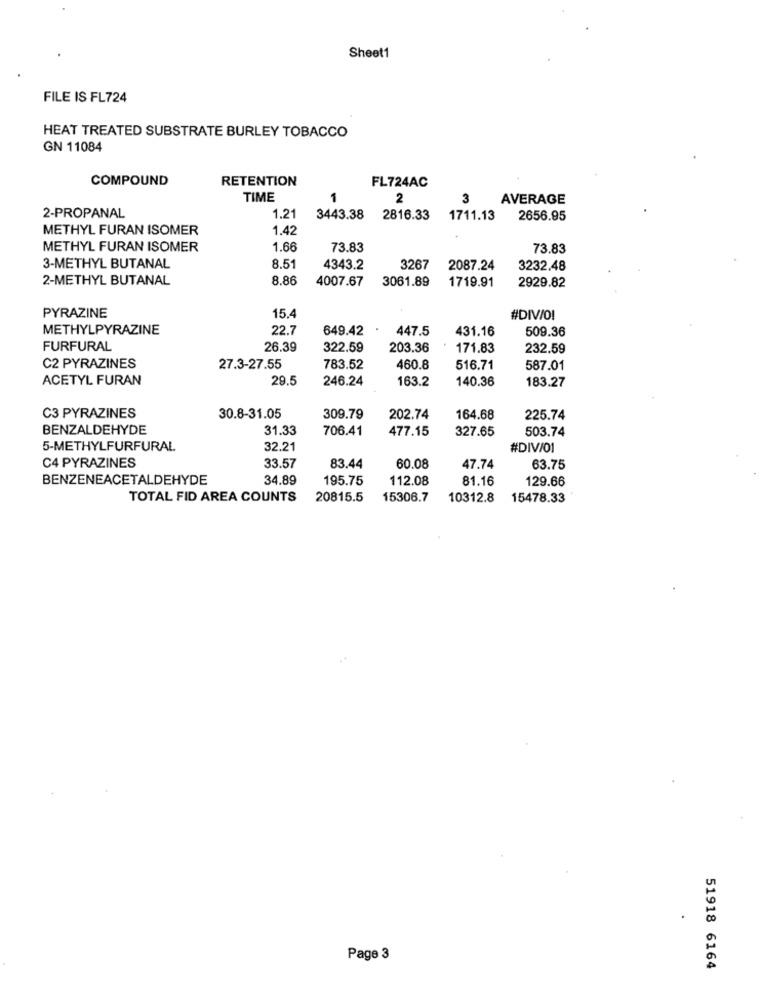
Sheet1
FILE IS FL724
HEAT TREATED SUBSTRATE BURLEY TOBACCO
GN 11084
COMPOUND
RETENTION
FL724AC
TIME
1
2
3
AVERAGE
2-PROPANAL
1.21
3443.38
2816.33
1711.13
2656.95
METHYL FURAN ISOMER
1.42
METHYL FURAN ISOMER
1.66
73.83
73.83
3-METHYL BUTANAL
8.5
4343.2
3267
2087.24
3232.48
2-METHYL BUTANAL
8.86
4007.67
3061.89
1719.91
2929.82
PYRAZINE
15.4
#DIV/O!
METHYLPYRAZINE
22.7
649.42
447.5
431.16
509.36
FURFURAL
26.39
322.59
203.36
171.83
232.59
C2 PYRAZINES
27.3-27.55
783.52
460.8
516.71
587.01
ACETYL FURAN
29.5
246.24
163.2
140.36
183.27
C3 PYRAZINES
30.8-31.05
309.79
202.74
164.68
225.74
BENZALDEHYDE
31.33
706.41
477.15
327.65
503.74
5-METHYLFURFURAL
32.21
#DIV/01
C4 PYRAZINES
33.57
83.44
60.08
47.74
63.75
BENZENEACETALDEHYDE
34.89
195.75
112.08
81.16
129.66
TOTAL FID AREA COUNTS
20815.5
15306.7
10312.8
15478.33
Page 3
51918 6164